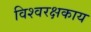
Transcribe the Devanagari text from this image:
विश्वरक्षकाय